Annual report on the Civil Veterinary Department, Burma (including the Insein Veterinary School) - 1910-1922
Year: 1910
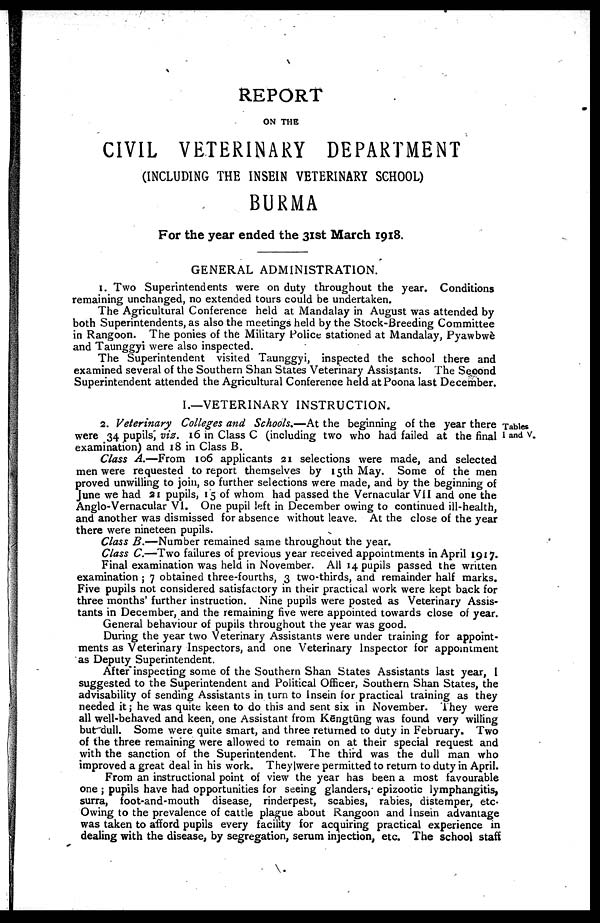
REPORT
ON THE
CIVIL VETERINARY
DEPARTMENT
(INCLUDING THE INSEIN VETERINARY SCHOOL)
BURMA
For the year ended the 31st March 1918.
GENERAL ADMINISTRATION.
1. Two Superintendents were on duty throughout the year. Conditions
remaining unchanged, no extended tours could be undertaken.
The Agricultural Conference held at Mandalay in August was attended by
both Superintendents, as also the meetings held by the Stock-Breeding Committee
in Rangoon. The ponies of the Military Police stationed at Mandalay, Pyawbwè
and Taunggyi were also inspected.
The Superintendent visited Taunggyi, inspected the school there and
examined several of the Southern Shan States Veterinary Assistants. The Second
Superintendent attended the Agricultural Conference held at Poona last December.
I.—VETERINARY INSTRUCTION.
Tables
I and V.
2. Veterinary Colleges and Schools.—At the beginning of the year there
were 34 pupils, viz. 16 in Class C (including two who had failed at the final
examination) and 18 in Class B.
Class A.—From 106 applicants 21 selections were made, and selected
men were requested to report themselves by 15th May. Some of the men
proved unwilling to join, so further selections were made, and by the beginning of
June we had 21 pupils, 15 of whom had passed the Vernacular VII and one the
Anglo-Vernacular VI. One pupil left in December owing to continued ill-health,
and another was dismissed for absence without leave. At the close of the year
there were nineteen pupils.
Class B.—Number remained same throughout the year.
Class C.—Two failures of previous year received appointments in April 1917.
Final examination was held in November. All 14 pupils passed the written
examination; 7 obtained three-fourths, 3 two-thirds, and remainder half marks.
Five pupils not considered satisfactory in their practical work were kept back for
three months' further instruction. Nine pupils were posted as Veterinary Assis-
tants in December, and the remaining five were appointed towards close of year.
General behaviour of pupils throughout the year was good.
During the year two Veterinary Assistants were under training for appoint-
ments as Veterinary Inspectors, and one Veterinary Inspector for appointment
as Deputy Superintendent.
After inspecting some of the Southern Shan States Assistants last year, I
suggested to the Superintendent and Political Officer, Southern Shan States, the
advisability of sending Assistants in turn to Insein for practical training as they
needed it; he was quite keen to do this and sent six in November. They were
all well-behaved and keen, one Assistant from Kēngtūng was found very willing
but dull. Some were quite smart, and three returned to duty in February. Two
of the three remaining were allowed to remain on at their special request and
with the sanction of the Superintendent. The third was the dull man who
improved a great deal in his work. They were permitted to return to duty in April.
From an instructional point of view the year has been a most favourable
one; pupils have had opportunities for seeing glanders, epizootic lymphangitis,
surra, foot-and-mouth disease, rinderpest, scabies, rabies, distemper, etc-
Owing to the prevalence of cattle plague about Rangoon and Insein advantage
was taken to afford pupils every facility for acquiring practical experience in
dealing with the disease, by segregation, serum injection, etc. The school staff